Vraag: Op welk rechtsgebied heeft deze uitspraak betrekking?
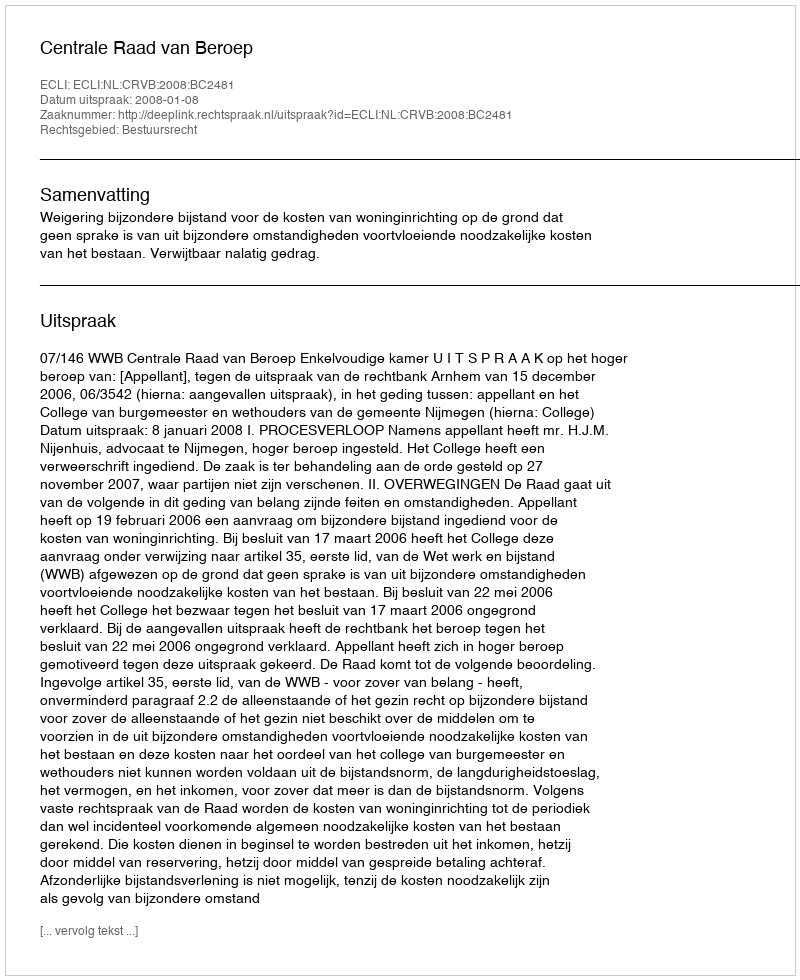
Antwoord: Bestuursrecht